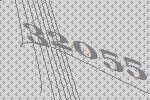
32055